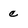
Character: c